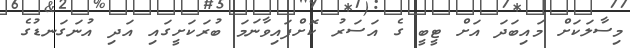
މިސާލަކަށް މައިބަދަ އަށް ޓީބީ ގެ އަސަރު ކޮށްފައިވާނަމަ ބުރަކަށީގައި އަދި އުނަގަނޑުގެ